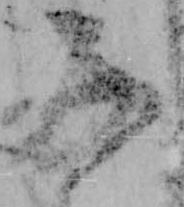
子